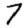
Digit: 7